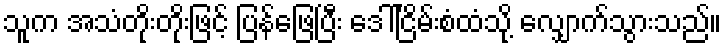
သူက အသံတိုးတိုးဖြင့် ပြန်ဖြေပြီး ဒေါ်ငြိမ်းစံထံသို့ လျှောက်သွားသည်။